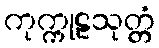
ကုက္ကုဠသုတ္တံ